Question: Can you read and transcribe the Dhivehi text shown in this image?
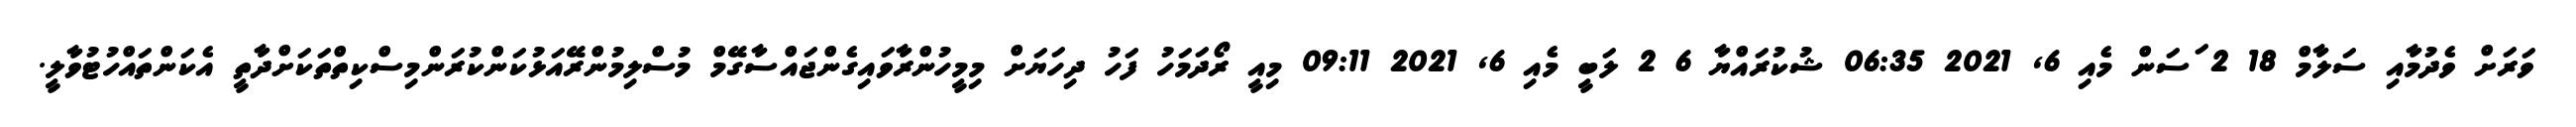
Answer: ވަރަށް ވެދުމާއި ސަލާމް 18 2 ަސަން މެއި 6, 2021 06:35 ޝުކުރައްޔާ 6 2 ލަބީ މެއި 6, 2021 09:11 މިއީ ރޯދަމަހު ފަހު ދިހަޔަށް މިމީހުންރާވައިގެންޖައްސާގޭމް މުސްލިމުންރޭއަޅުކަންކުރަންމިސްކިތްތަކަށްދާތީ އެކަންތައްހުޓުވާލީ.